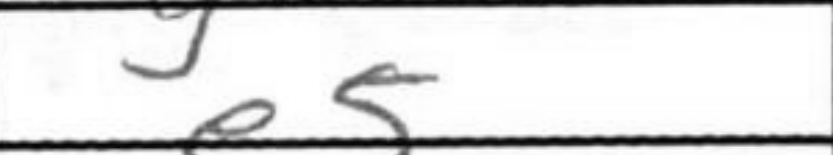
Transcription: e5